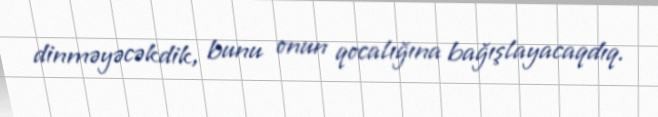
dinməyəcəkdik, bunu onun qocalığına bağışlayacaqdıq.